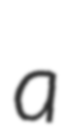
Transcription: a